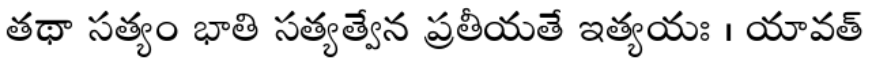
తథా సత్యం భాతి సత్యత్వేన ప్రతీయతే ఇత్యయః । యావత్